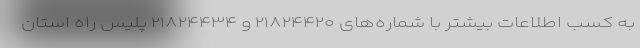
به کسب اطلاعات بیشتر با شماره‌های ۲۱۸۲۴۴۲۰ و ۲۱۸۲۴۴۳۴ پلیس راه استان